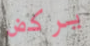
يركض